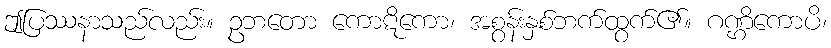
ဤပြဿနာသည်လည်း။ ဥဘတော ကောဋိကော၊ အစွန်းနှစ်ဘက်ထွက်၏။ ဂဏ္ဌိကောပိ၊